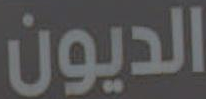
الديون